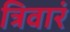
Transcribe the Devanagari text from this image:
त्रिवारं